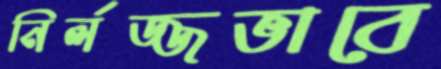
নির্লজ্জভাবে